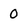
Character: 0